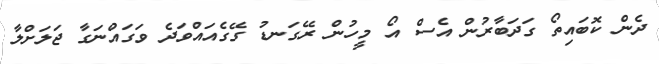
ދެން ކޮބައިތޯ ގަދަބާރުން އެސް އޯ މީހުން ރޭގަނޑު ގޭގެއައްވަދެ ވަގައްނަގާ ޖަލަށްލާ